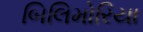
બિલિમોરિયા